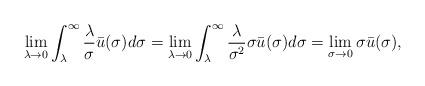
LaTeX: \begin{align*} \lim_{\lambda \rightarrow0}\int^{\infty}_{\lambda}\frac{\lambda}{\sigma}\bar{u}(\sigma)d\sigma =\lim_{\lambda \rightarrow0}\int^{\infty}_{\lambda}\frac{\lambda}{\sigma^2}\sigma\bar{u}(\sigma)d\sigma= \lim_{\sigma \rightarrow 0}\sigma\bar{u}(\sigma), \end{align*}